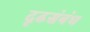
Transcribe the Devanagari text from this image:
दृढसंबंध